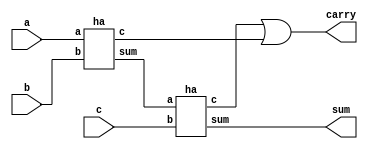
module Full_adder(a, b, c, sum, carry);
  input a, b, c;
  output sum, carry;
  wire w1, w2, w3;

  ha H1(a, b, w1, w2);
  ha H2(w1, c, sum, w3);
  or O1(carry, w3, w2);

endmodule

// Half adder using basic gates
module ha(a, b, sum, c);
  input a, b;
  output sum,c;

  xor X1(sum, a, b);
  and A1(c, a, b);

endmodule



// Test bench
module Full_adder_tb();
  reg a, b, c;
  wire sum, carry;
  Full_adder FA1(a, b, c, sum, carry);

  initial
  begin

    a = 0;
    b = 1;
    c = 1;
    #5 a = 1;
    b = 1;
    c = 0;
    #5 a = 0;
    b = 1;
    c = 1;
    #5 $stop;

  end
endmodule